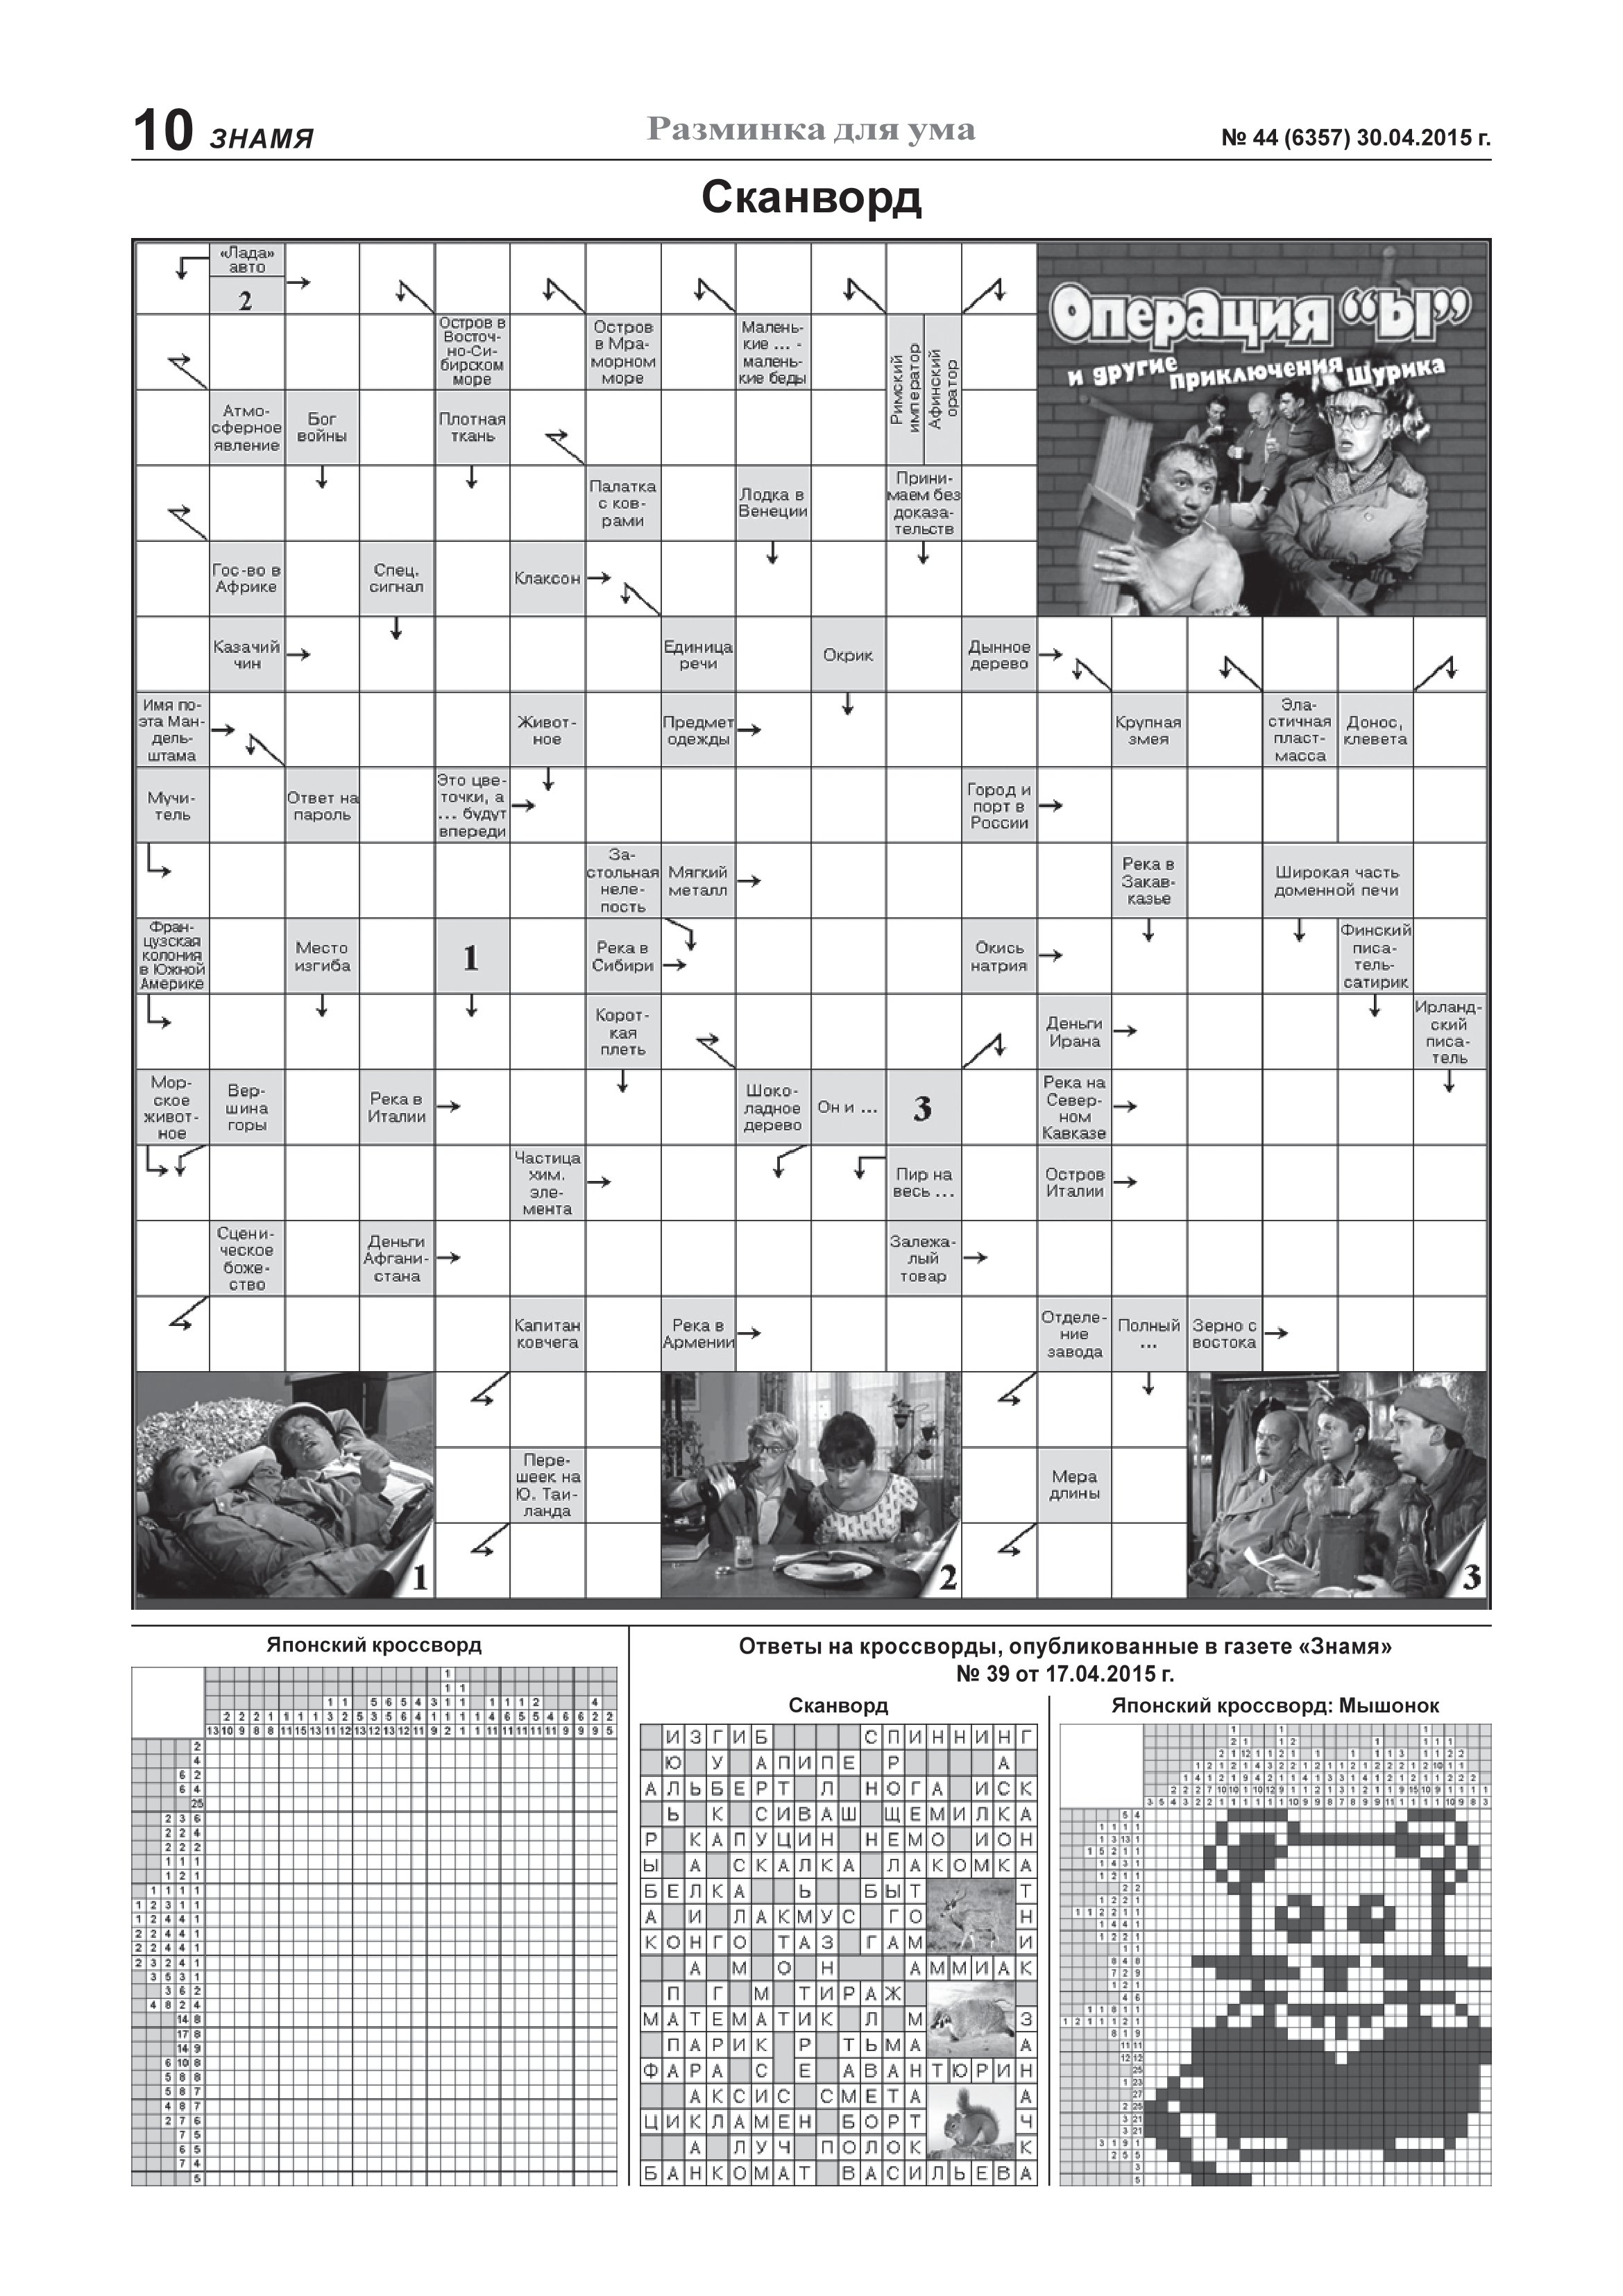
Language: ru